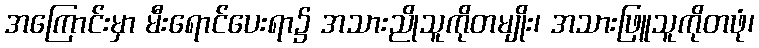
အကြောင်းမှာ မီးရောင်ပေးရာ၌ အသားညိုသူကိုတမျိုး၊ အသားဖြူသူကိုတဖုံ၊